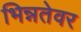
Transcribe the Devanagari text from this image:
भिन्नतेवर